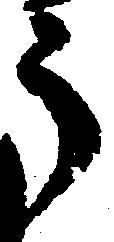
う